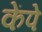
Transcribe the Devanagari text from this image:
केंपे